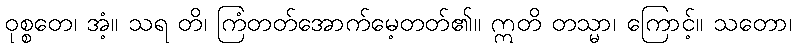
ဝုစ္စတေ၊ အံ့။ သရ တိ၊ ကြံတတ်အောက်မေ့တတ်၏။ ဣတိ တသ္မာ၊ ကြောင့်။ သတော၊